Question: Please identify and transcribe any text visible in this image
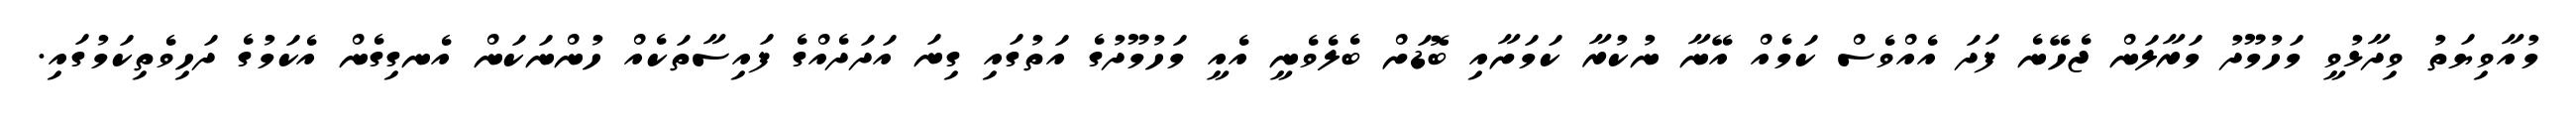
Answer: މުއާވިޔަތު ވިދާޅުވީ މަހުމޫދު މަރާލަން ޖެހޭނެ ފަދަ އެއްވެސް ކަމެއް އޭނާ ނުކުރާ ކަމަށާއި ބޮޑަށް ބެލެވެނީ އެއީ މަހުމޫދުގެ އަތުގައި ގިނަ އަދަދެއްގެ ފައިސާތަކެއް ހުންނަކަން އެނގިގެން އެކަމުގެ ދަހިވެތިކަމުގައި.